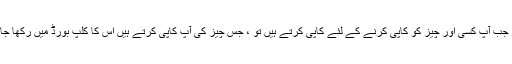
ہر بار جب آپ کسی اور چیز کو کاپی کرنے کے لئے کاپی کرتے ہیں تو ، جس چیز کی آپ کاپی کرتے ہیں اس کا کلپ بورڈ میں رکھا جاتا ہے۔